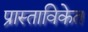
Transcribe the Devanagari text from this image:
प्रास्ताविकेत